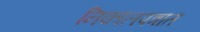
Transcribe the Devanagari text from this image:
निकालपत्रात